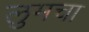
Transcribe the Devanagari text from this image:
लुमचा